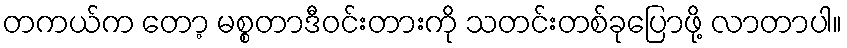
တကယ်က တော့ မစ္စတာဒီဝင်းတားကို သတင်းတစ်ခုပြောဖို့ လာတာပါ။